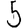
Digit: 5